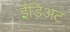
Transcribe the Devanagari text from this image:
ईडिअट